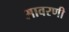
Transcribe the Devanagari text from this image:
आवरणी